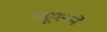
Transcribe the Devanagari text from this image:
न्यूमनने